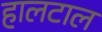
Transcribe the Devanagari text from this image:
हालटाल